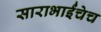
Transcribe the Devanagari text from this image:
साराभाईंचेच